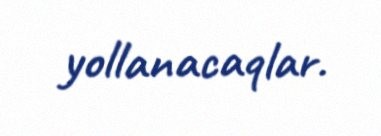
yollanacaqlar.